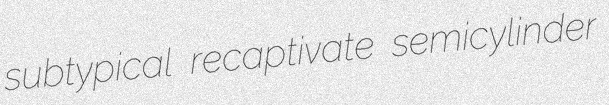
subtypical recaptivate semicylinder